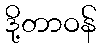
ဒို့တာဝန်